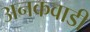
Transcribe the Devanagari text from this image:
अनकवाडी